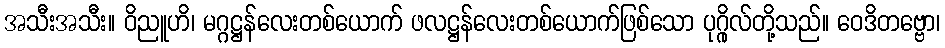
အသီးအသီး။ ဝိညူဟိ၊ မဂ္ဂဋ္ဌန်လေးတစ်ယောက် ဖလဋ္ဌန်လေးတစ်ယောက်ဖြစ်သော ပုဂ္ဂိုလ်တို့သည်။ ဝေဒိတဗ္ဗော၊